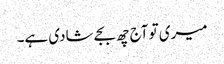
میری تو آج چھ بجے شادی ہے۔